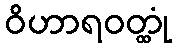
ဝိဟာရဝတ္ထုံ